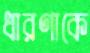
ধারণাকে